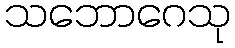
သဘောဂေသု